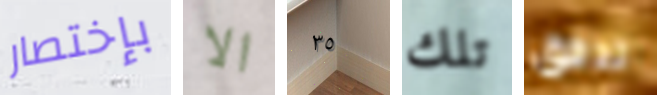
بإختصار الا ٣٥ تلك تدفق